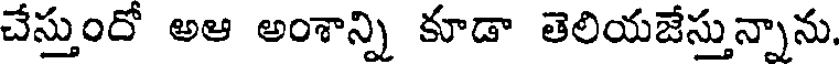
చేస్తుందో అఆ అంశాన్ని కూడా తెలియజేస్తున్నాను.